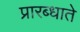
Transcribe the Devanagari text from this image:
प्रारब्धाते